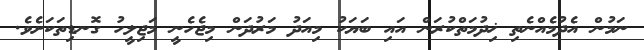
ނަމުން އެދުމެއްނެތި ޚިދުމަތްކުރަން އައި ބަޔަކު މިއަދު މަރުދަން މިޖެހެނީ މަޖިލީހު ގޮނޑިތަކަށެވެ.